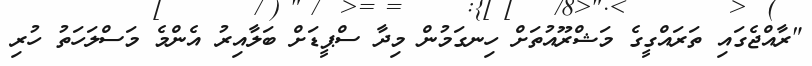
"ރާއްޖެގައި ތަރައްގީގެ މަޝްރޫއުތަށް ހިނގަމުން މިދާ ސްޕީޑަށް ބަލާއިރު އެންމެ މަސްލަހަތު ހުރި